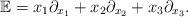
LaTeX: \begin{align*} \mathbb{E}=x_1 \partial_{x_1}+x_2 \partial_{x_2}+x_3 \partial_{x_3}.\end{align*}